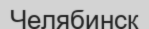
Челябинск